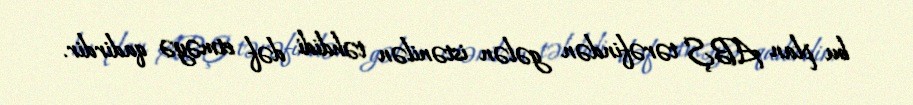
bu plan ABŞ tərəfindən gələn istənilən təhdidi dəf etməyə qadirdir.